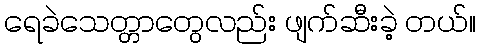
ရေခဲသေတ္တာတွေလည်း ဖျက်ဆီးခဲ့ တယ်။